Malaria in the Punjab - Number 46
Disease focus: Malaria
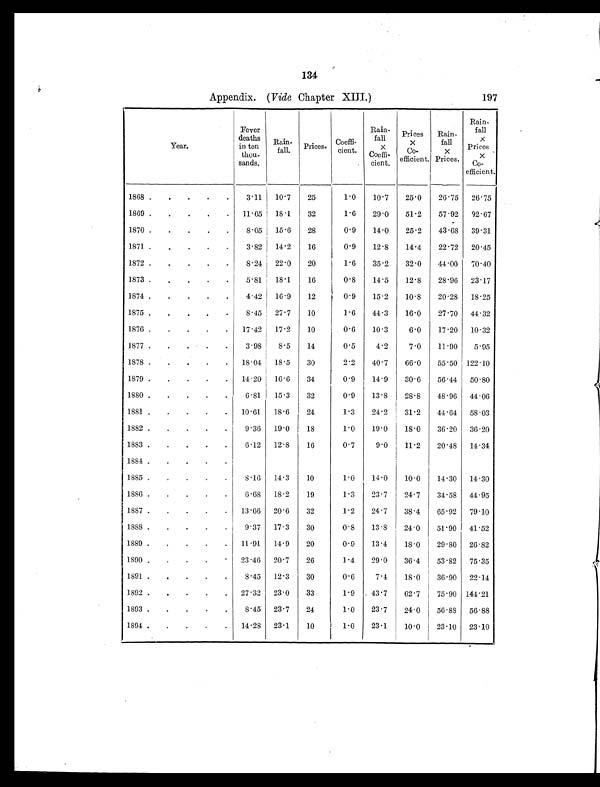
134
Appendix. ( Vide Chapter XIII.)
197
Year.
Fever
deaths
in ten
thou-
sands.
Rain-
fall.
Prices.
Coeffi-
cient.
Rain-
fall
x
Coeffi-
cient.
Prices
x
Co-
efficient.
Rain-
fall
x
Prices.
Rain-
fall
x
Prices
x
Co-
efficient.
1868 .
.
. . .
3.11
10.7
25
1.0
10.7
25.0
26.75
26.75
1869 .
.
.
.
.
11.65
18.1
32
1.6
29.0
51.2
57.92
92.67
1870 .
. . . .
8.05
15.6
28
0.9
14.0
25.2
43.68
39.31
1871 .
.
. . .
3.82
14.2
16
0.9
12.8
14.4
22.72
20.45
1872 .
. . . .
8.24
22.0
20
1.6
35.2
32.0
44.00
70.40
1873 .
. . . .
5.81
18.1
16
0.8
14.5
12.8
28.96
23.17
1874 .
.
. . .
4.42
16.9
12
0.9
15.2
10.8
20.28
18.25
1875 .
. . . .
8.45
27.7
10
1.6
44.3
16.0
27.70
44.32
1876 .
.
. . .
17.42
17.2
10
0.6
10.3
6.0
17.20
10.32
1877 .
.
. . .
3.98
8.5
14
0.5
4.2
7.0
11.90
5.95
1878 .
.
. . .
18.04
18.5
30
2.2
40.7
66.0
55.50 122.10
1879 .
.
.
.
.
14.20
16.6
34
0.9
14.9
30.6
56.44
50.80
1880 .
. . . .
6.81
15.3
32
0.9
13.8
28.8
48.96
44.06
1881 .
.
.
.
.
10.61
18.6
24
1.3
24.2
31.2
44.64
58.03
1882 .
. . . .
9.36
19.0
18
1.0
19.0
18.0
36.20
36.20
1883 .
. . . .
6.12
12.8
16
0.7
9.0
11.2
20.48
14.34
1884 .
.
. . .
1885 .
. . . .
8.16
14.3
10
1.0
14.0
10.0
14.30
14.30
1886 .
.
.
.
.
6.68
18.2
19
1.3
23.7
24.7
34.58
44.95
1887 .
.
.
.
.
13.66
20.6
32
1.2
24.7
38.4
65.92
79.10
1888 .
.
. . .
9.37
17.3
30
0.8
13.8
24.0
51.90
41.52
1889 .
.
.
.
.
11.91
14.9
20
0.9
13.4
18.0
29.80
26.82
1890 .
.
.
.
.
23.46
20.7
26
1.4
29.0
36.4
53.82
75.35
1891 .
.
. . .
8.45
12.3
30
0.6
7.4
18.0
36.90
22.14
1892 .
.
.
.
.
27.32
23.0
33
1.9
43.7
62.7
75.90 144.21
1893 .
. . . .
8.45
23.7
24
1.0
23.7
24.0
56.88
56.88
1894 .
. . . .
14.28
23.1
10
1.0
23.1
10.0
23.10
23.10